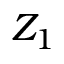
Z _ { 1 }